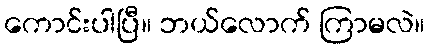
ကောင်းပါပြီ။ ဘယ်လောက် ကြာမလဲ။